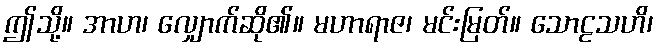
ဤသို့။ အာဟ၊ လျှောက်ဆို၏။ မဟာရာဇ၊ မင်းမြတ်။ သောဠသဟိ၊